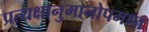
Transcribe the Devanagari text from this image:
प्रत्यक्षानुमानोपमान